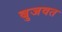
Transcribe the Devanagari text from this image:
बुजवत